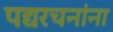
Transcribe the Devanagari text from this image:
पद्यरचनांना